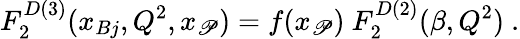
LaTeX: F_{2}^{D(3)}(x_{Bj},Q^{2},x_{\cal\mathscr{P}})=f(x_{\cal\mathscr{P}})\ F_{2}^{D(2)}(\beta,Q^{2})\ .